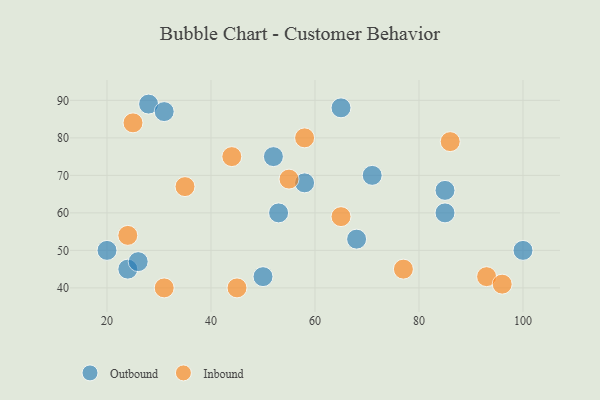
{"axis": {"x": "GDP", "y": "Life Expectancy"}, "legend": ["Inbound", "Outbound"], "data": [{"x": "68", "y": 53, "type": "Outbound"}, {"x": "58", "y": 68, "type": "Outbound"}, {"x": "52", "y": 75, "type": "Outbound"}, {"x": "85", "y": 60, "type": "Outbound"}, {"x": "24", "y": 45, "type": "Outbound"}, {"x": "71", "y": 70, "type": "Outbound"}, {"x": "28", "y": 89, "type": "Outbound"}, {"x": "85", "y": 66, "type": "Outbound"}, {"x": "26", "y": 47, "type": "Outbound"}, {"x": "53", "y": 60, "type": "Outbound"}, {"x": "50", "y": 43, "type": "Outbound"}, {"x": "65", "y": 88, "type": "Outbound"}, {"x": "100", "y": 50, "type": "Outbound"}, {"x": "31", "y": 87, "type": "Outbound"}, {"x": "20", "y": 50, "type": "Outbound"}, {"x": "93", "y": 43, "type": "Inbound"}, {"x": "58", "y": 80, "type": "Inbound"}, {"x": "25", "y": 84, "type": "Inbound"}, {"x": "45", "y": 40, "type": "Inbound"}, {"x": "35", "y": 67, "type": "Inbound"}, {"x": "65", "y": 59, "type": "Inbound"}, {"x": "77", "y": 45, "type": "Inbound"}, {"x": "31", "y": 40, "type": "Inbound"}, {"x": "55", "y": 69, "type": "Inbound"}, {"x": "96", "y": 41, "type": "Inbound"}, {"x": "44", "y": 75, "type": "Inbound"}, {"x": "86", "y": 79, "type": "Inbound"}, {"x": "24", "y": 54, "type": "Inbound"}]}